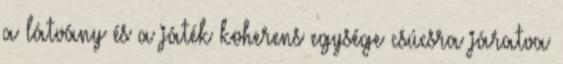
a látvány és a játék koherens egysége csúcsra járatva